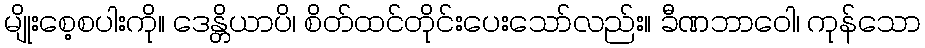
မျိုးစေ့စပါးကို။ ဒေန္တိယာပိ၊ စိတ်ထင်တိုင်းပေးသော်လည်း။ ခီဏဘာဝေါ၊ ကုန်သော